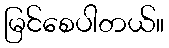
မြင်စေပါတယ်။